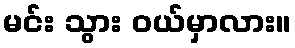
မင်း သွား ဝယ်မှာလား။